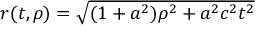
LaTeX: \textstyle r ( t , \rho ) = { \sqrt { ( 1 + a ^ { 2 } ) \rho ^ { 2 } + a ^ { 2 } c ^ { 2 } t ^ { 2 } } }